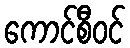
ကောင်စီဝင်